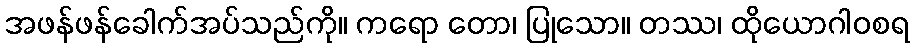
အဖန်ဖန်ခေါက်အပ်သည်ကို။ ကရော တော၊ ပြုသော။ တဿ၊ ထိုယောဂါဝစရ